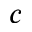
c